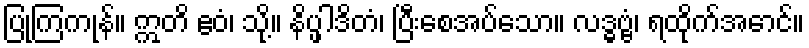
ပြုကြကုန်။ ဣတိ ဧဝံ၊ သို့။ နိပ္ဖါဒိတံ၊ ပြီးစေအပ်သော။ လဒ္ဓဗ္ဗံ၊ ရထိုက်အောင်။